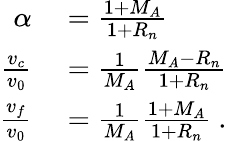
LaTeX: \begin{array}{rl}{\alpha}&{{}=\frac{1+M_{A}}{1+R_{n}}}\\ {\frac{v_{c}}{v_{0}}}&{{}=\frac{1}{M_{A}}\frac{M_{A}-R_{n}}{1+R_{n}}}\\ {\frac{v_{f}}{v_{0}}}&{{}=\frac{1}{M_{A}}\frac{1+M_{A}}{1+R_{n}}\ .}\end{array}